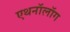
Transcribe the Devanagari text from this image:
एथनॉलॉग